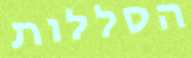
הסללות